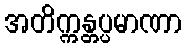
အတိက္ကန္တပ္ပမာဏာ